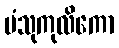
ပံသုကုလိကော